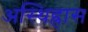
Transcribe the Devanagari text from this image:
अस्थिह्रास